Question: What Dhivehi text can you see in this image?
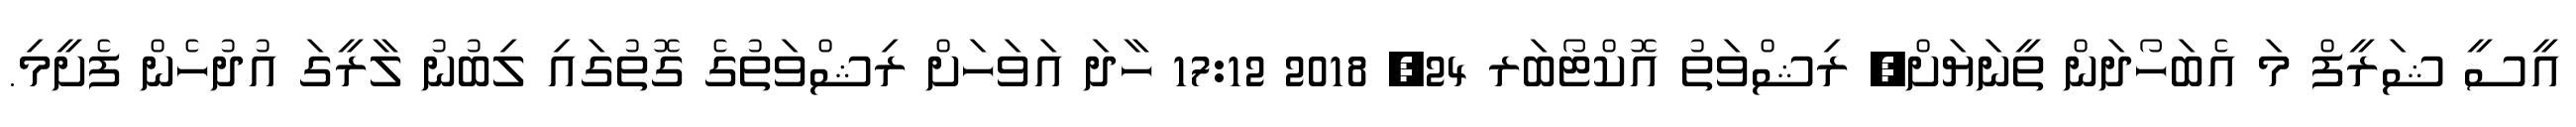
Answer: އީސީ ޝަރީފް މަ އެބަހޯދަން ތީނަޔަށް? ރިޝްވަތު އޮކްޓޯބަރ 24, 2018 17:12 ހާދަ އަވަހަށް ރިޝްވަތުގެ ގޮތުގައި ލިބުނު ލާރީގަ އުދުހެން ފެށީމި.